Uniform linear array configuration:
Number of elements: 12
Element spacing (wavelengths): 0.75
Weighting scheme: hamming
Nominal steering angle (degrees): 60
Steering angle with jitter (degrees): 59.985
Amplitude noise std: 0.05
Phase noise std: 0.05

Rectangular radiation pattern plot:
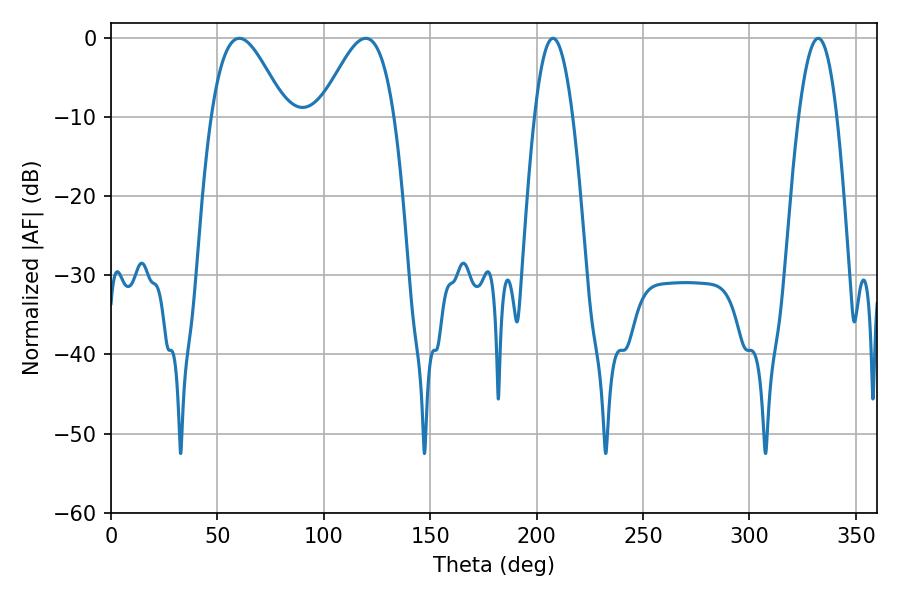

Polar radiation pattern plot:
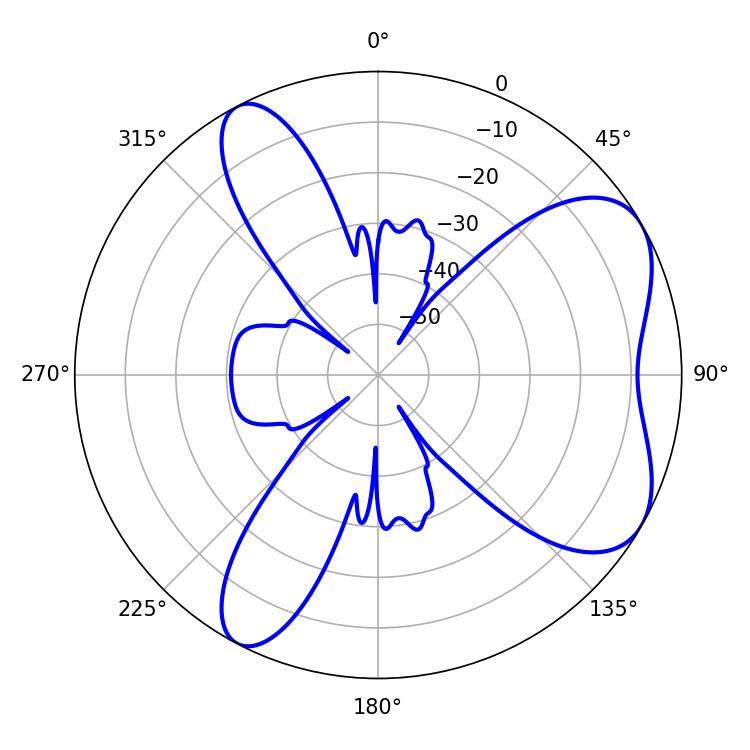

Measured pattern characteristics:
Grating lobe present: TRUE
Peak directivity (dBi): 6.148
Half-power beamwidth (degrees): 18.72
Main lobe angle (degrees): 60.3